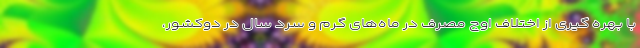
با بهره گیری از اختلاف اوج مصرف در ماه‌های گرم و سرد سال در دوکشور،